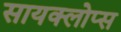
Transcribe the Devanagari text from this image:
सायक्लोप्स